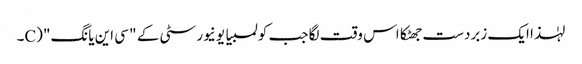
لہٰذا ایک زبردست جھٹکا اس وقت لگا جب کولمبیا یونیورسٹی کے " سی این یانگ" (C۔